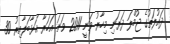
ދައުލަތުގެ ޖުމްލަ ދަރަނި މިހާރު ވަނީ 2011 ވަނަ އަހަރާ އަޅާބަލާއިރު 30